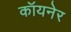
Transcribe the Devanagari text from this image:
कॉयनेर